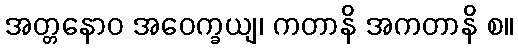
အတ္တနောဝ အဝေက္ခယျ၊ ကတာနိ အကတာနိ စ။